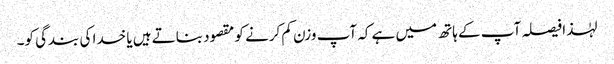
لہٰذا فیصلہ آپ کے ہاتھ میں ہے کہ آپ وزن کم کرنے کو مقصود بناتے ہیں یا خدا کی بندگی کو۔